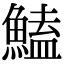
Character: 鰪